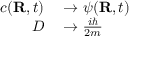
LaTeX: \begin{array} { r l } { c ( \mathbf { R } , t ) } & { { } \to \psi ( \mathbf { R } , t ) } \\ { D } & { { } \to { \frac { i \hbar } { 2 m } } } \end{array}